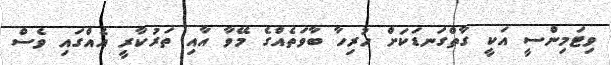
ވިޓަމިންސީ އަކީ ގާތްގަނޑަކަށް ހުރިހާ ބާވަތެއްގެ މޭވާ އާއި ތަރުކާރީ އެއްގަައި ވެސް